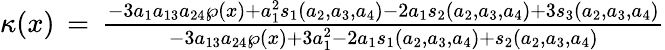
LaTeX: \begin{array}{r}{\kappa(x)\, =\, \frac{-3a_{1}a_{13}a_{24}\wp(x)+a_{1}^{2}s_{1}(a_{2},a_{3},a_{4})-2a_{1}s_{2}(a_{2},a_{3},a_{4})+3s_{3}(a_{2},a_{3},a_{4})}{-3a_{13}a_{24}\wp(x)+3a_{1}^{2}-2a_{1}s_{1}(a_{2},a_{3},a_{4})+s_{2}(a_{2},a_{3},a_{4})}}\end{array}